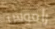
راموس